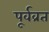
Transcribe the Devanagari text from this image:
पूर्वव्रत